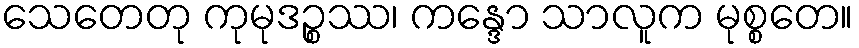
သေတေတု ကုမုဒဉ္စဿ၊ ကန္ဒော သာလူက မုစ္စတေ။